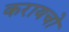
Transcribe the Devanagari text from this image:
करायचो